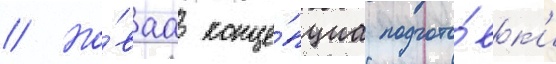
// Но́ваа конце́пциа подгото́вк'и